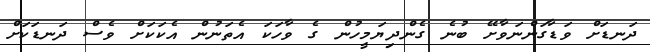
ދަނޑަށް ވަޑާގަންނަވާށޭ ބުނެ ގެންދިޔަމީހުން ގެ ވާހަކަ އެތަނުން އެކަކަށް ވެސް ދަނޑަކަށް